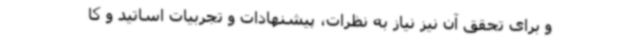
و برای تحقق آن نیز نیاز به نظرات، پیشنهادات و تجربیات اساتید و کا